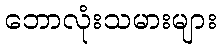
ဘောလုံးသမားများ